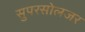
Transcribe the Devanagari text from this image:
सुपरसोलजर